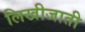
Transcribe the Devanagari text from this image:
लिखीजाती